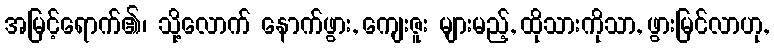
အမြင့်ရောက်၏၊ သို့လောက် နောက်ဖွား, ကျေးဇူး များမည့်, ထိုသားကိုသာ, ဖွားမြင်လာဟု,